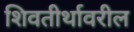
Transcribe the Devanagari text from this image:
शिवतीर्थावरील